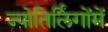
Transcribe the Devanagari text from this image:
ज्योतिर्लिंगोंमें